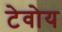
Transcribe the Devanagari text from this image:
टेवोय